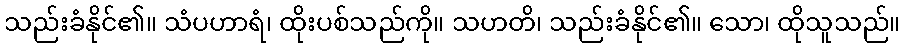
သည်းခံနိုင်၏။ သံပဟာရံ၊ ထိုးပစ်သည်ကို။ သဟတိ၊ သည်းခံနိုင်၏။ သော၊ ထိုသူသည်။